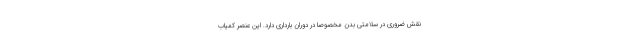
نقش ضروری در سلامتی بدن مخصوصاً در دوران بارداری دارد. این عنصر کمیاب